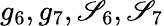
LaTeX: g_{6},g_{7},\mathscr{S}_{6},\mathscr{S}_{7}